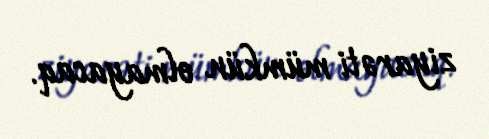
ziyarəti mümkün olmayacaq.